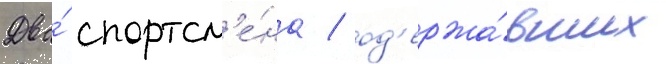
Два́ спортсм'е́на / од'ержа́вших